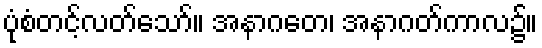
ပုံစံတင့်လတ်သော်။ အနာဂတေ၊ အနာဂတ်ကာလ၌။